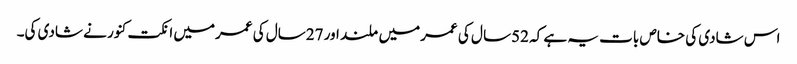
اس شادی کی خاص بات یہ ہے کہ 52سا ل کی عمرمیں ملند اور 27سال کی عمرمیں انکت کنور نے شادی کی۔